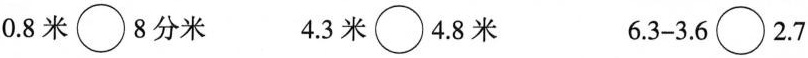
$$0.8米\bigcirc 8分米$$ $$4.3米\bigcirc 4.8米$$ $$6.3-3.6\bigcirc 2.7$$